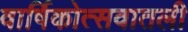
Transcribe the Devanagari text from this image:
वार्षिकोत्सवातली